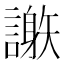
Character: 𧬄